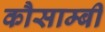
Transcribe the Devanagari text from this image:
कौसाम्बी